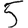
Digit: 5